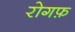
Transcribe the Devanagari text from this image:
रोगफ़